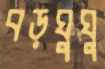
বড়ঘুঘু